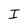
Character: I